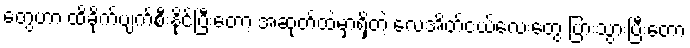
တွေဟာ ထိခိုက်ပျက်စီးနိုင်ပြီးတော့ အဆုတ်ထဲမှာရှိတဲ့ လေအိတ်ငယ်လေးတွေ ပြားသွားပြီးတော့